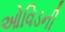
ઓવિડની